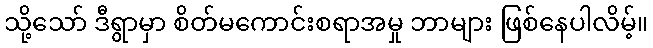
သို့သော် ဒီရွာမှာ စိတ်မကောင်းစရာအမှု ဘာများ ဖြစ်နေပါလိမ့်။